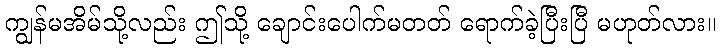
ကျွန်မအိမ်သို့လည်း ဤသို့ ချောင်းပေါက်မတတ် ရောက်ခဲ့ပြီးပြီ မဟုတ်လား။